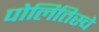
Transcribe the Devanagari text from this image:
पोलितिस्चे